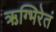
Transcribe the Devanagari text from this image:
ऋग्भिरेतं